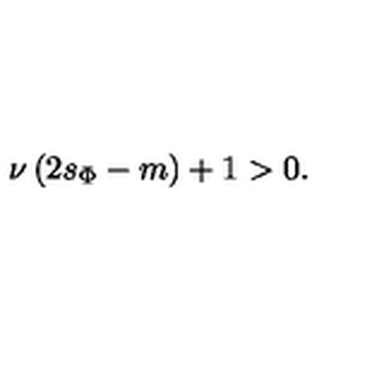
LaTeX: \nu \left( 2 s _ { \Phi } - m \right) + 1 > 0 .